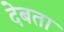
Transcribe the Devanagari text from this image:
देबता